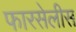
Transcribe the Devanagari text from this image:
फारसेलीस